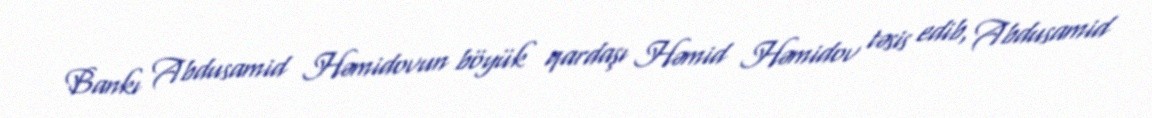
Bankı Abdusamid Həmidovun böyük qardaşı Həmid Həmidov təsis edib, Abdusamid